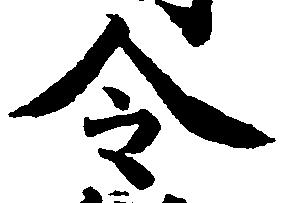
令